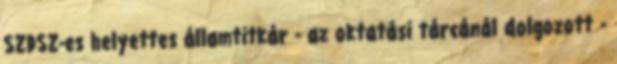
SZDSZ-es helyettes államtitkár - az oktatási tárcánál dolgozott -